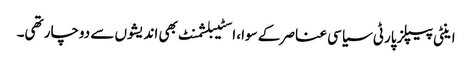
اینٹی پیپلزپارٹی سیاسی عناصر کے سوا، اسٹیبلشمنٹ بھی اندیشوں سے دوچار تھی۔